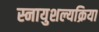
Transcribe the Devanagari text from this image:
स्नायुशल्यक्रिया